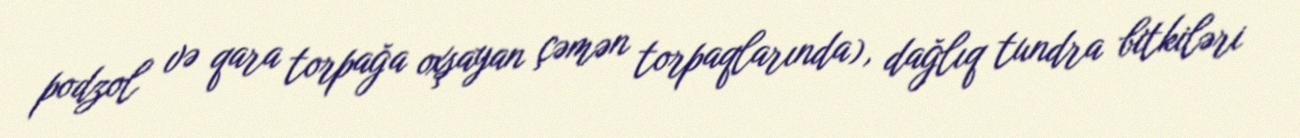
podzol və qara torpağa oxşayan çəmən torpaqlarında), dağlıq tundra bitkiləri